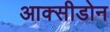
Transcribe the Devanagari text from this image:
आक्सीडोन